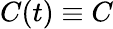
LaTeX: C(t)\equiv C